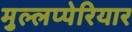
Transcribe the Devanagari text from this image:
मुल्लप्पेरियार